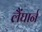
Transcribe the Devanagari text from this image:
लैंघार्न